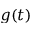
g ( t )